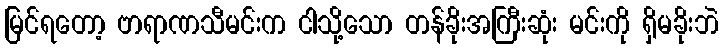
မြင်ရတော့ ဗာရာဏသီမင်းက ငါသို့သော တန်ခိုးအကြီးဆုံး မင်းကို ရှိမခိုးဘဲ